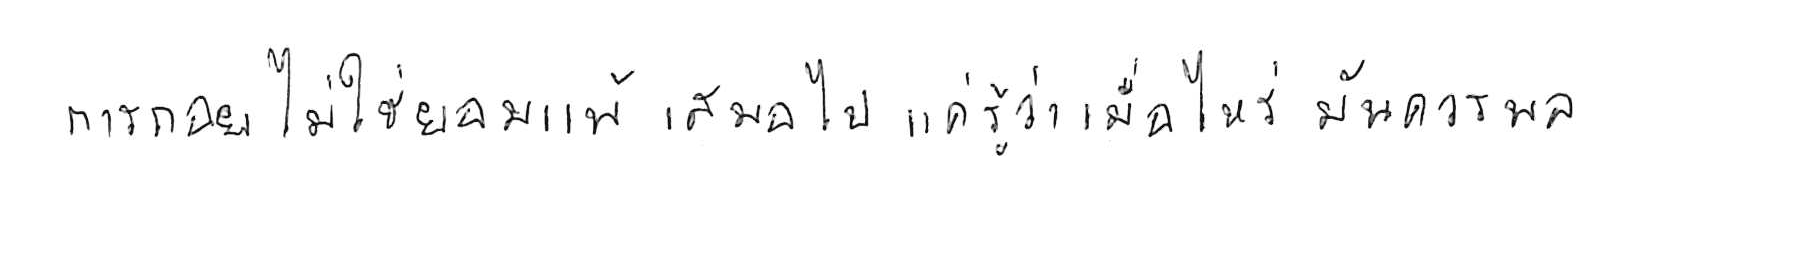
การถอย ไม่ใช่ยอมแพ้ เสมอไป แค่รู้ว่าเมื่อไหร่ มันควรพอ